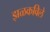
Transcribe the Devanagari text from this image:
झळकविले